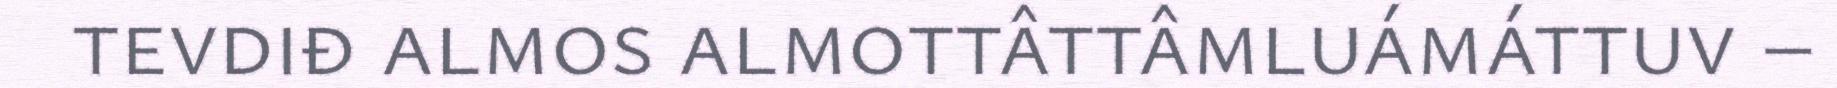
tevdiđ almos almottâttâmluámáttuv –